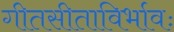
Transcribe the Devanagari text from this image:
गीतसीताविर्भावः